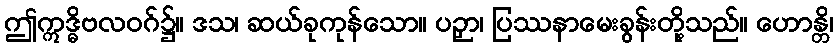
ဤဣဒ္ဓိဗလဝဂ်၌။ ဒသ၊ ဆယ်ခုကုန်သော။ ပဉှာ၊ ပြဿနာမေးခွန်းတို့သည်။ ဟောန္တိ၊